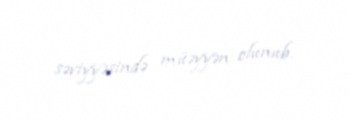
səviyyəsində müəyyən olunub.